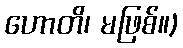
ဟောတိ၊ မဖြစ်။)